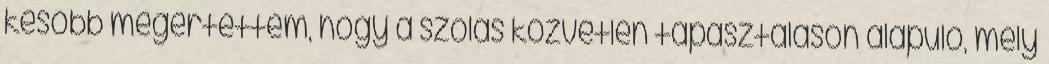
később megértettem, hogy a szólás közvetlen tapasztaláson alapuló, mély